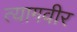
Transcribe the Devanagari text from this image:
त्यागवीर